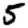
Digit: 5